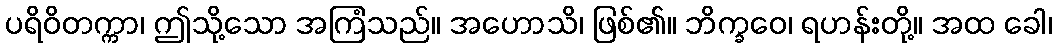
ပရိဝိတက္ကာ၊ ဤသို့သော အကြံသည်။ အဟောသိ၊ ဖြစ်၏။ ဘိက္ခဝေ၊ ရဟန်းတို့။ အထ ခေါ၊